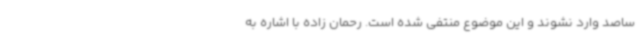
ساصد وارد نشوند و این موضوع منتفی شده است. رحمان زاده با اشاره به